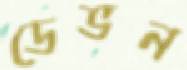
ডেভন